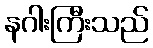
နဂါးကြီးသည်